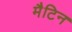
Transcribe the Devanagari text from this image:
मैटिन